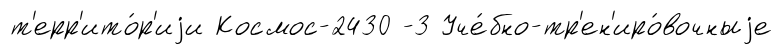
т'ерр'ито́р'иjи Космос-2430 -3 Уче́бно-тр'ен'иро́вочныjе